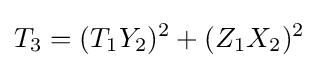
T_{3}=(T_{1}Y_{2})^{2}+(Z_{1}X_{2})^{2}